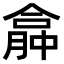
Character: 𠎏